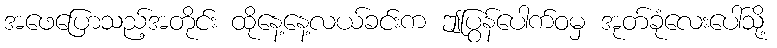
အဖေပြောသည့်အတိုင်း ထိုနေ့နေ့လယ်ခင်းက ဤပြွန်ပေါက်ဝမှ အုတ်ခုံလေးပေါ်သို့